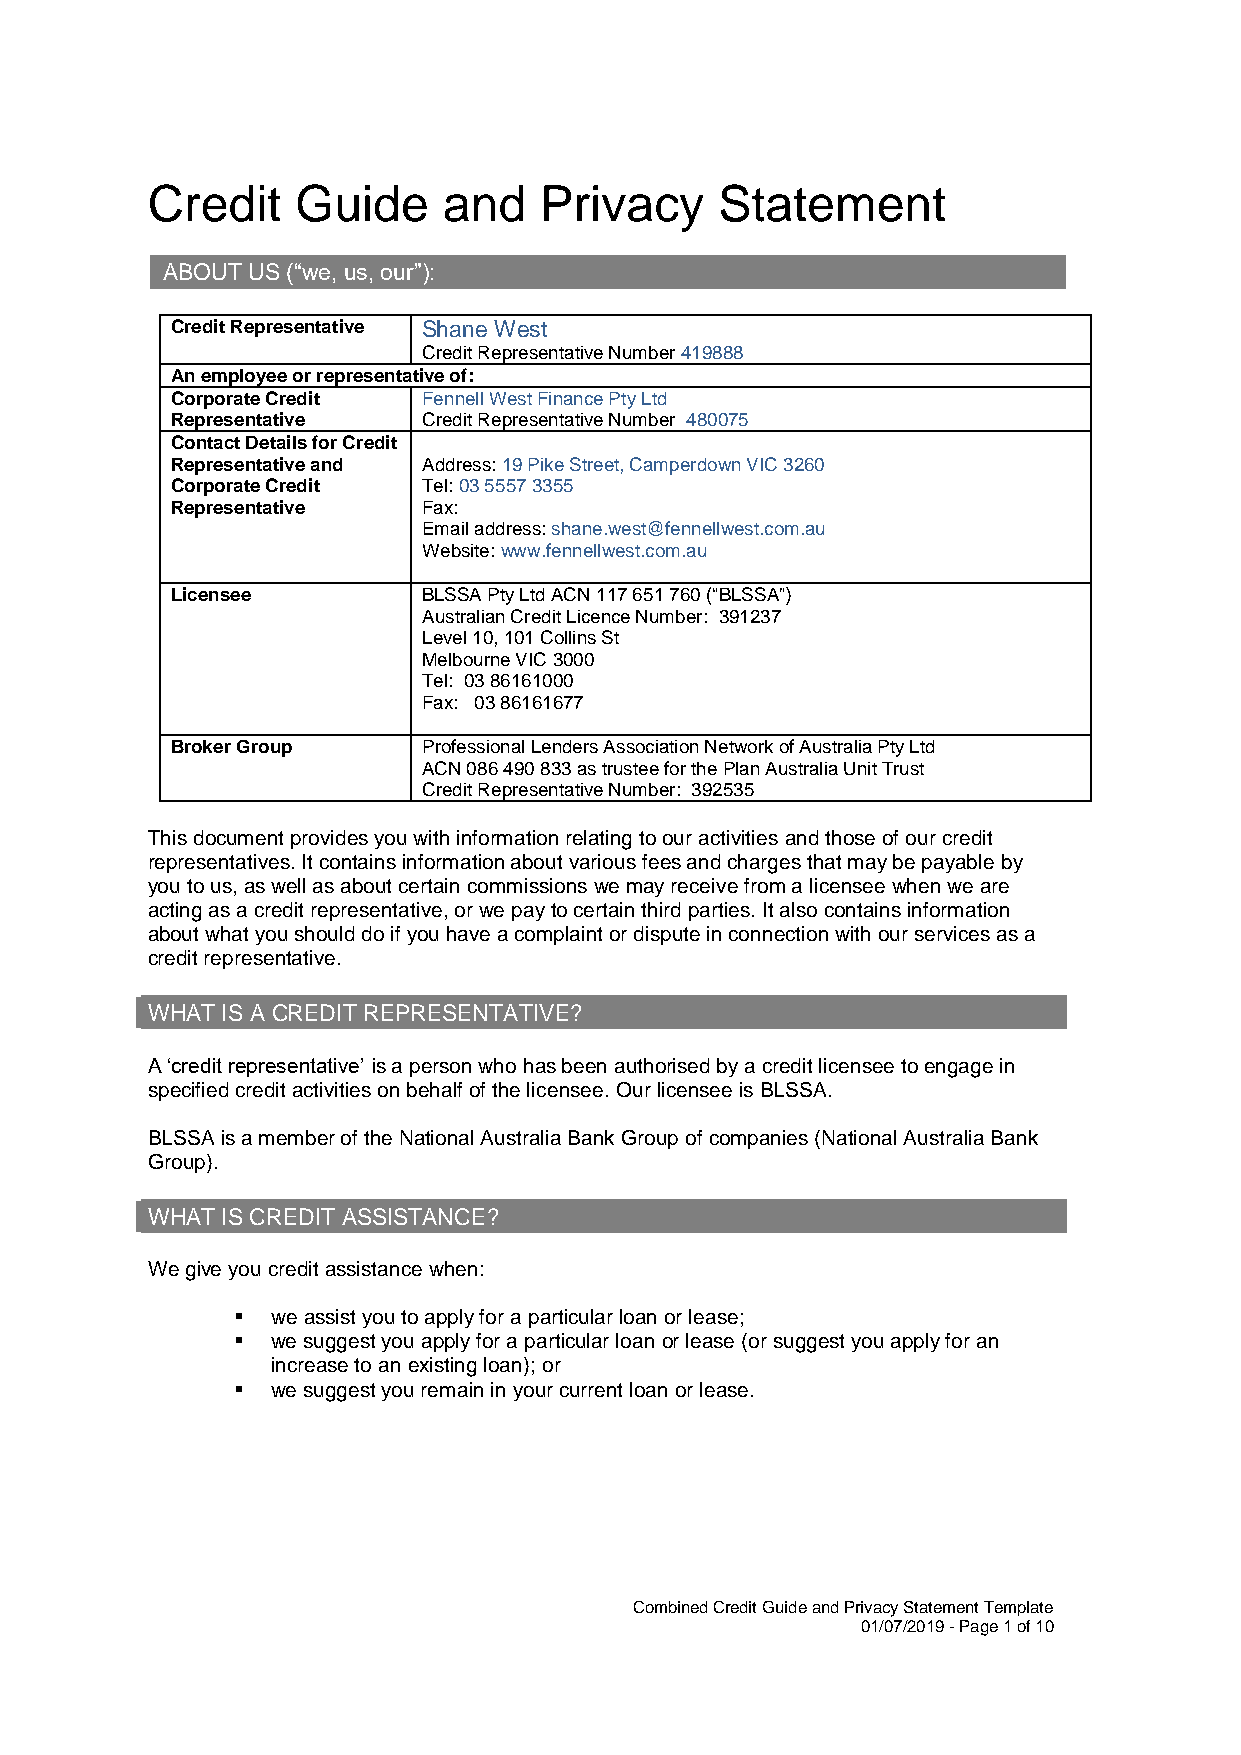
Credit    Guide    and    Privacy     Statement
 ABOUT US (“we, us, our”):
 Credit Representative Shane West
 Credit Representative Number 419888
 An employee or representative of:
 Corporate Credit Fennell West Finance Pty Ltd
 Representative   Credit Representative Number 480075
 Contact Details for Credit
 Representative and Address: 19 Pike Street, Camperdown VIC 3260
 Corporate Credit Tel: 03 5557 3355
 Representative   Fax:
 Email address: shane.west@fennellwest.com.au
 Website: www.fennellwest.com.au
 Licensee         BLSSA Pty Ltd ACN 117 651 760 (“BLSSA”)
 Australian Credit Licence Number: 391237
 Level 10, 101 Collins St
 Melbourne VIC 3000
 Tel: 03 86161000
 Fax: 03 86161677
 Broker Group     Professional Lenders Association Network of Australia Pty Ltd
 ACN 086 490 833 as trustee for the Plan Australia Unit Trust
 Credit Representative Number: 392535
 This document provides you with information relating to our activities and those of our credit
 representatives. It contains information about various fees and charges that may be payable by
 you to us, as well as about certain commissions we may receive from a licensee when we are
 acting as a credit representative, or we pay to certain third parties. It also contains information
 about what you should do if you have a complaint or dispute in connection with our services as a
 credit representative.
 WHAT IS A CREDIT REPRESENTATIVE?
 A ‘credit representative’ is a person who has been authorised by a credit licensee to engage in
 specified credit activities on behalf of the licensee. Our licensee is BLSSA.
 BLSSA is a member of the National Australia Bank Group of companies (National Australia Bank
 Group).
 WHAT IS CREDIT ASSISTANCE?
 We give you credit assistance when:
 ▪  we assist you to apply for a particular loan or lease;
 ▪  we suggest you apply for a particular loan or lease (or suggest you apply for an
 increase to an existing loan); or
 ▪  we suggest you remain in your current loan or lease.
 Combined Credit Guide and Privacy Statement Template
 01/07/2019 - Page 1 of 10